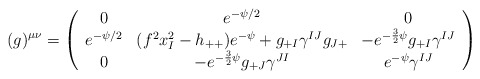
\begin{align*}(g)^{\mu\nu}=\left(\begin{array}{ccc}0 & e^{-\psi/2} & 0 \\e^{-\psi/2} & (f^{2}x^{2}_{I}-h_{++})e^{-\psi}+g_{+I}\gamma^{IJ}g_{J+} & -e^{-\frac{3}{2}\psi}g_{+I}\gamma^{IJ} \\0 & -e^{-\frac{3}{2}\psi} g_{+J}\gamma^{JI} & e^{-\psi}\gamma^{IJ}\end{array}\right)\end{align*}